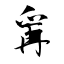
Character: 爯